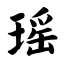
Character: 瑶